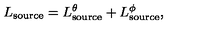
L _ { \mathrm { s o u r c e } } = L _ { \mathrm { s o u r c e } } ^ { \theta } + L _ { \mathrm { s o u r c e } } ^ { \phi } ,